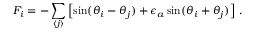
F _ { i } = - \sum _ { \langle j \rangle } \left[ \sin ( \theta _ { i } - \theta _ { j } ) + \epsilon _ { a } \sin ( \theta _ { i } + \theta _ { j } ) \right] \, .